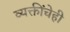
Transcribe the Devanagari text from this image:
व्यक्तींचेही